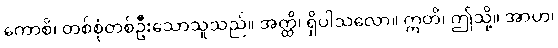
ကောစိ၊ တစ်စုံတစ်ဦးသောသူသည်။ အတ္ထိ၊ ရှိပါသလော။ ဣတိ၊ ဤသို့။ အာဟ၊